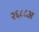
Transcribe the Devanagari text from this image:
२६८८अ